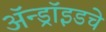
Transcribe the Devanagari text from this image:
ॲन्ड्रॉइडचे